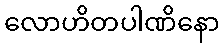
လောဟိတပါဏိနော